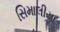
સિમાલીયા